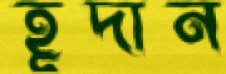
হূদান